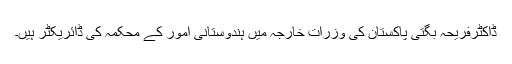
ڈاکٹرفریحہ بگتی پاکستان کی وزرات خارجہ میں ہندوستانی امور کے محکمہ کی ڈائریکٹر ہیں۔